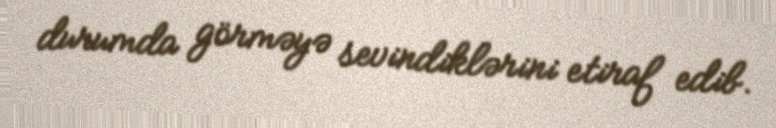
durumda görməyə sevindiklərini etiraf edib.